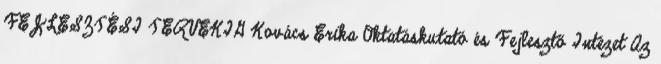
FEJLESZTÉSI TERVEKIG Kovács Erika Oktatáskutató és Fejlesztő Intézet Az